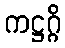
ကဋ္ဌဂ္ဂိ